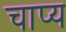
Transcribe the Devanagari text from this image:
चाप्य